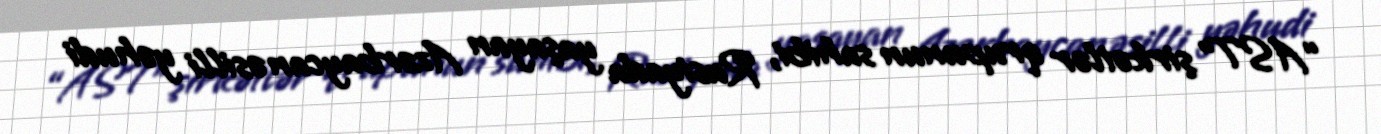
“AST” şirkətlər qrupunun sahibi, Rusiyada yaşayan Azərbaycan əsilli yəhudi